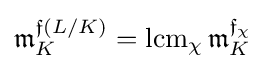
{\mathfrak {m}}_{K}^{{\mathfrak {f}}(L/K)}=\operatorname {lcm} \limits _{\chi }{\mathfrak {m}}_{K}^{{\mathfrak {f}}_{\chi }}